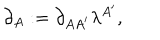
\partial _ { A } : = \partial _ { A A ^ { \prime } } \lambda ^ { A ^ { \prime } } ,